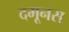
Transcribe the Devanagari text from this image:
दमूनस